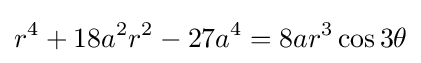
r^{4}+18a^{2}r^{2}-27a^{4}=8ar^{3}\cos 3\theta